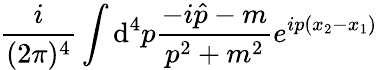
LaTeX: \frac{i}{(2\pi)^{4}}\int{\mathrm d}^{4}p\frac{-i\hat{p}-m}{p^{2}+m^{2}}e^{ip(x_{2}-x_{1})}